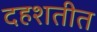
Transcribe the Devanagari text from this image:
दहशतीत